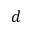
d